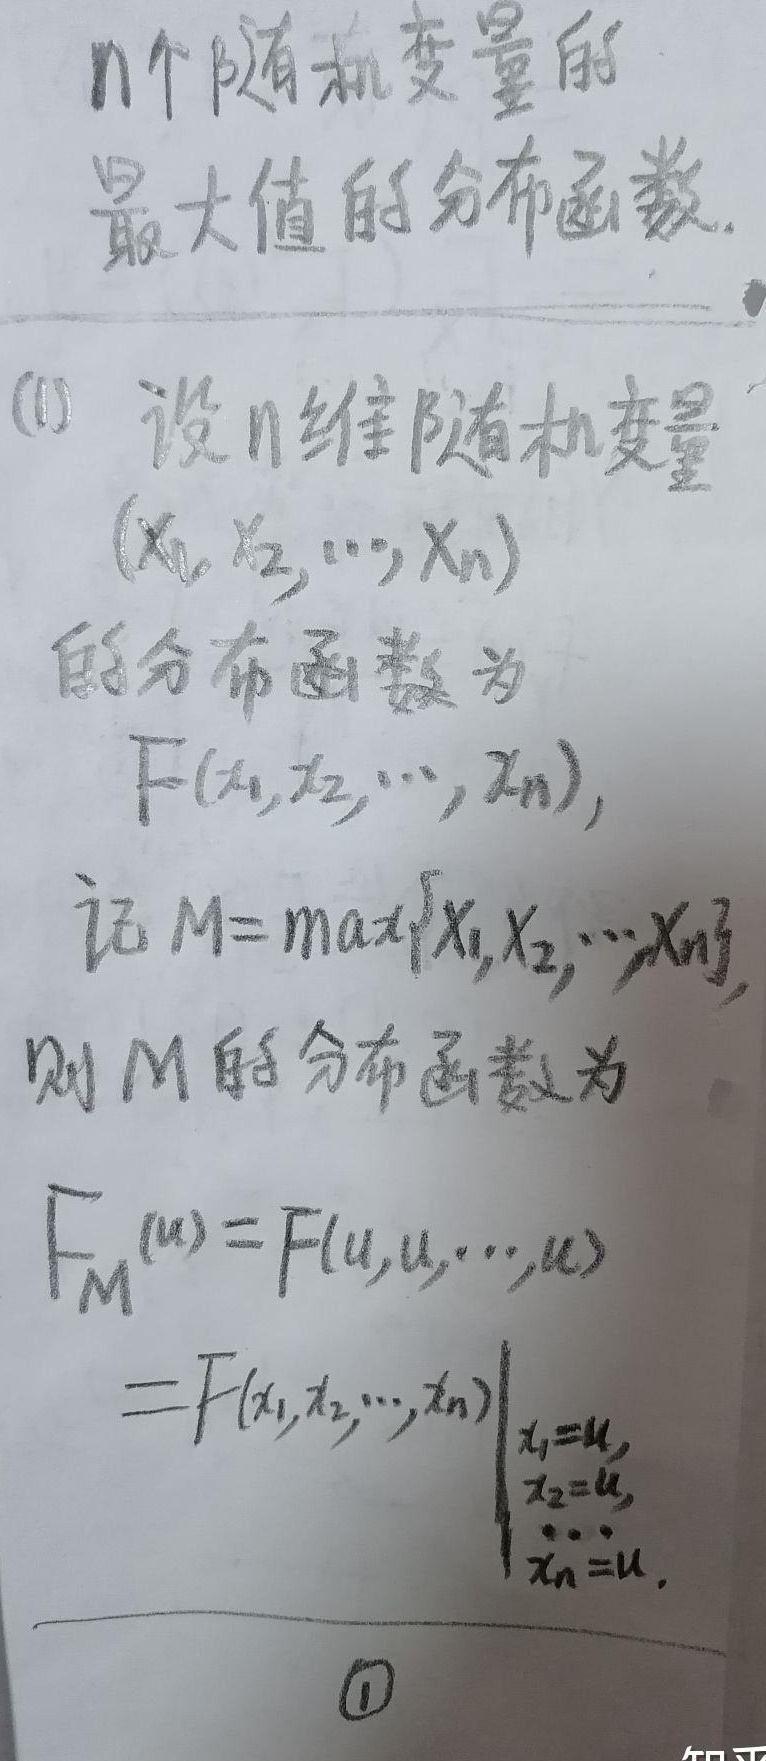
\(n\)个随机变量的最大值的分布函数。
(1) 设 \(n\) 维随机变量\((X_1,X_2,\cdots,X_n)\)的分布函数为\(F(x_1,x_2,\cdots,x_n)\)，记 \(M = \max\{X_1,X_2,\cdots,X_n\}\)，则 \(M\) 的分布函数为
\[
\begin{align*}
F_M(u)&=F(u,u,\cdots,u)\\
&=F(x_1,x_2,\cdots,x_n)\big|_{x_1 = u,x_2 = u,\cdots,x_n = u}
\end{align*}
\]
\textcircled{1}